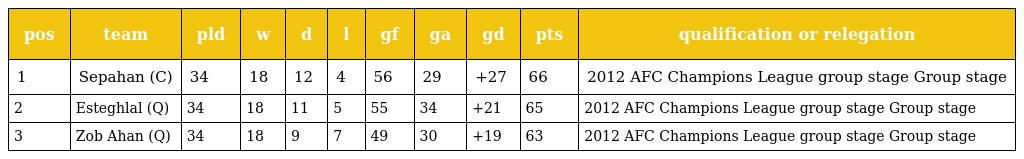
| pos | team | pld | w | d | l | gf | ga | gd | pts | qualification or relegation |
 | --- | --- | --- | --- | --- | --- | --- | --- | --- | --- | --- |
 | 1 | Sepahan (C) | 34 | 18 | 12 | 4 | 56 | 29 | +27 | 66 | 2012 AFC Champions League group stage Group stage |
 | 2 | Esteghlal (Q) | 34 | 18 | 11 | 5 | 55 | 34 | +21 | 65 | 2012 AFC Champions League group stage Group stage |
 | 3 | Zob Ahan (Q) | 34 | 18 | 9 | 7 | 49 | 30 | +19 | 63 | 2012 AFC Champions League group stage Group stage |